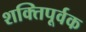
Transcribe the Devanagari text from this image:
शक्‍तिपूर्वक